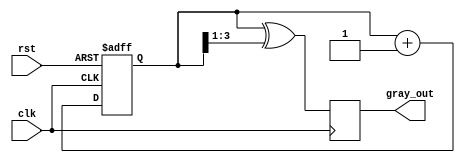
module gray_code_counter (
    input wire clk,          // Clock signal
    input wire rst,          // Asynchronous reset signal
    output reg [3:0] gray_out // Gray code output (4 bits)
);

    reg [3:0] bin_count; // Internal binary counter

    // Binary to Gray code conversion
    function [3:0] binary_to_gray;
        input [3:0] bin;
        begin
            binary_to_gray = bin ^ (bin >> 1);
        end
    endfunction

    // Counting mechanism
    always @(posedge clk or posedge rst) begin
        if (rst) begin
            bin_count <= 4'b0000; // Reset binary counter to 0
        end else begin
            bin_count <= bin_count + 1; // Increment binary counter
        end
    end

    // Update Gray code output
    always @(posedge clk) begin
        gray_out <= binary_to_gray(bin_count); // Convert binary to Gray code
    end

endmodule